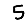
Digit: 5